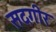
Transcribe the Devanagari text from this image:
सदगीर